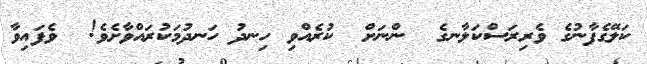
ކަލޭގެފާނުގެ ވެރިރަސްކަލާނގެ  ންނަށް  ކުރެއްވި ހިނދު ހަނދުމަކުރައްވާށެވެ!  ވެފައިވާ